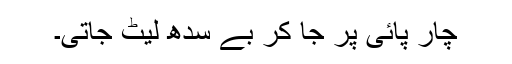
چار پائی پر جا کر بے سدھ لیٹ جاتی۔